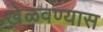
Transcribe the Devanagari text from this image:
खेळवण्यास